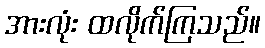
အားလုံး ထလိုက်ကြသည်။